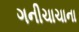
ગનીચાચાના